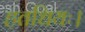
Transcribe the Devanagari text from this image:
हतधियः।